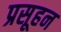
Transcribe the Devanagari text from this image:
प्रसूहन